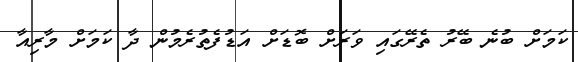
ކަމަށް ބުނެ ބޭރު ތެރޭގައި ވަރަށް ބޮޑަށް އަޑުފެތުރެމުން ދާ ކަމަށް މާރިއާ